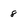
Character: 8